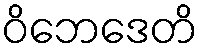
ဝိဘေဒေတိ